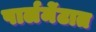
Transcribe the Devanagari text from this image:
पार्लमेंटात